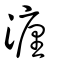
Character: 𤁄